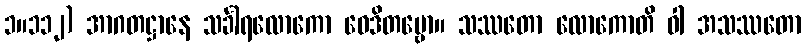
၁။၁၁၂) အာဂတဋ္ဌာနေ သင်္ခါရလောကော ဝေဒိတဗ္ဗော။ သဿတော လောကောတိ ဝါ အသဿတော